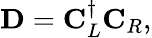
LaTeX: \mathbf{D}=\mathbf{C}_{L}^{\dagger}\mathbf{C}_{R},